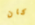
كان